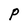
Character: P